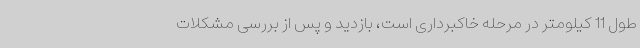
طول 11 کیلومتر در مرحله خاکبرداری است، بازدید و پس از بررسی مشکلات